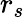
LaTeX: r_{s}